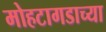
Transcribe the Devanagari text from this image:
मोहटागडाच्या